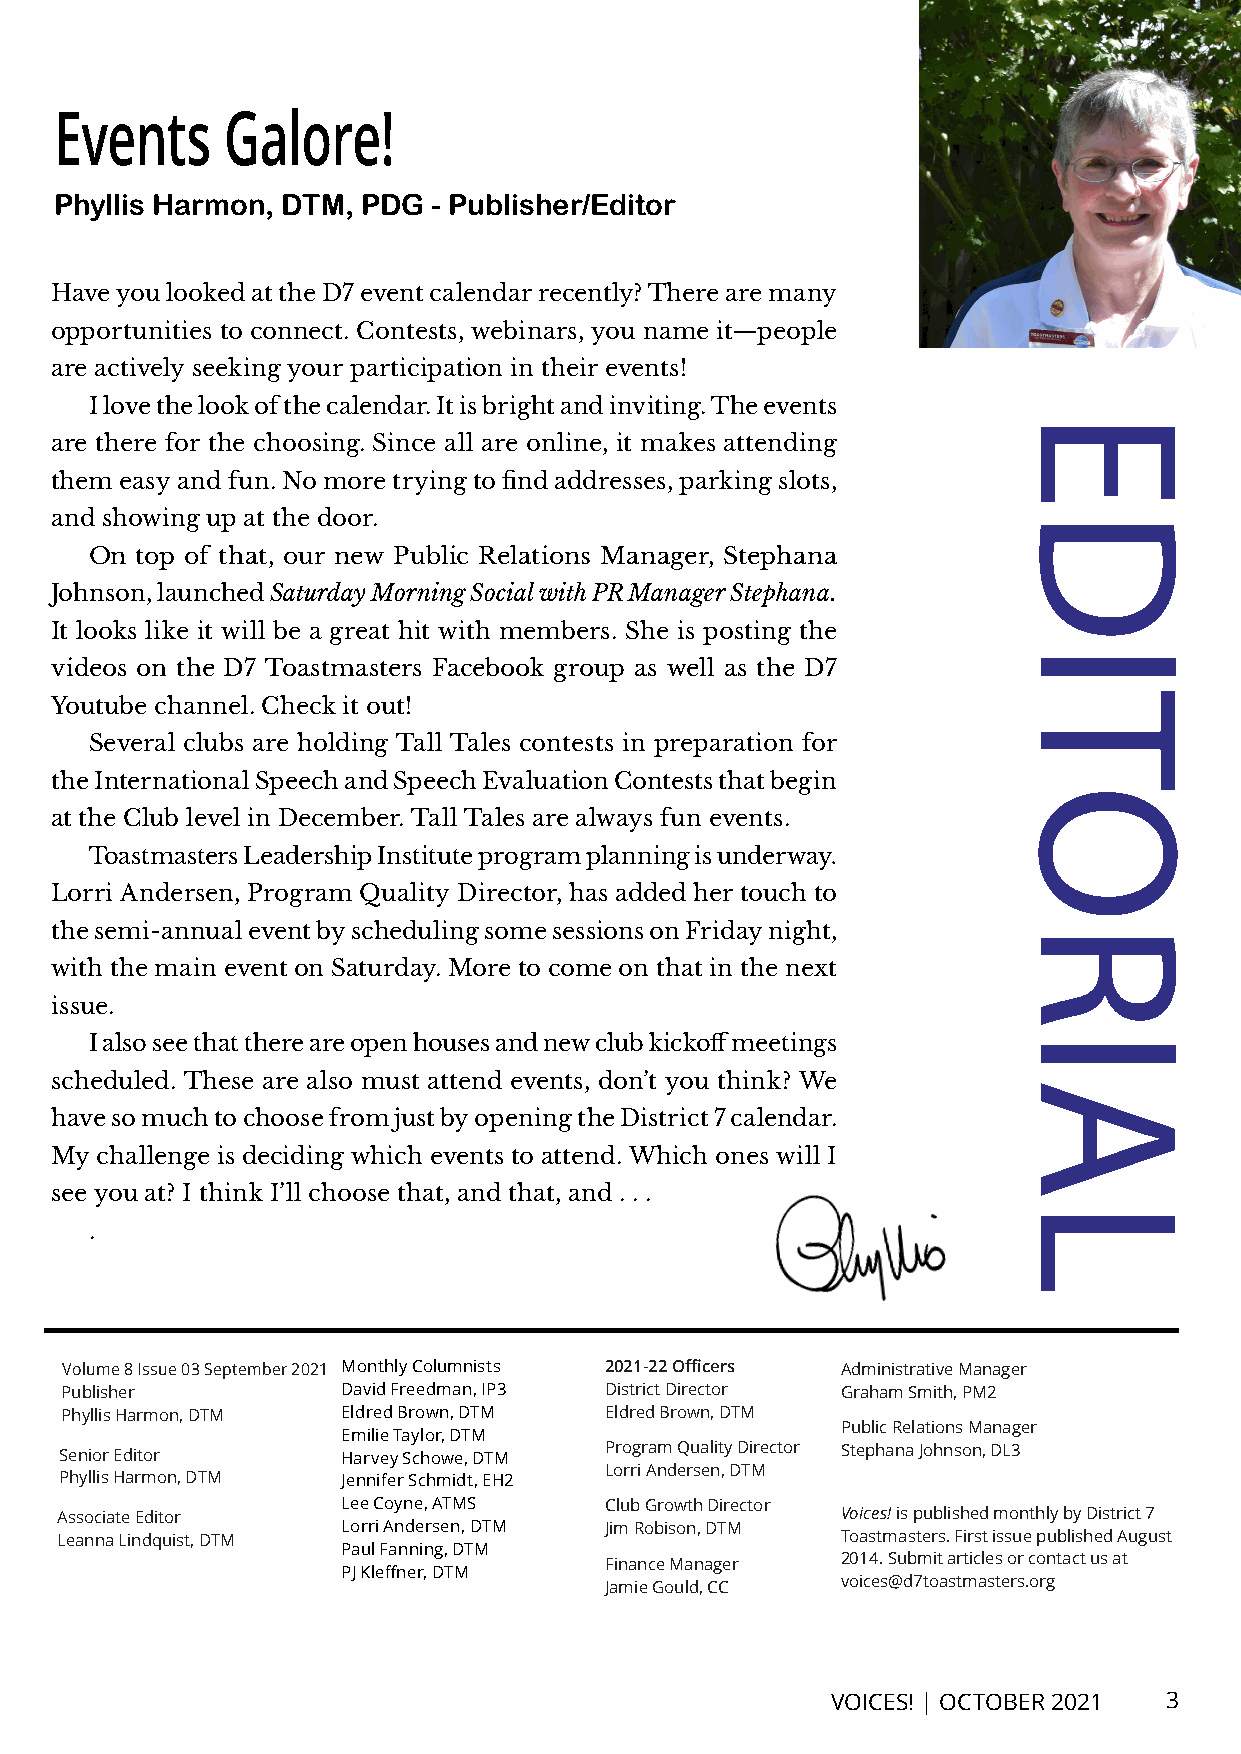
Events     Galore!
 Phyllis Harmon, DTM, PDG - Publisher/Editor
 Have you looked at the D7 event calendar recently? There are many
 opportunities to connect. Contests, webinars, you name it—people
 are actively seeking your participation in their events!
 I love the look of the calendar. It is bright and inviting. The events
 are there for the choosing. Since all are online, it makes attending
 them easy and fun. No more trying to find addresses, parking slots,
 and showing up at the door.
 On top of that, our new Public Relations Manager, Stephana
 Johnson, launched Saturday Morning Social with PR Manager Stephana.
 It looks like it will be a great hit with members. She is posting the
 videos on the D7 Toastmasters Facebook group as well as the D7
 Youtube channel. Check it out!
 Several clubs are holding Tall Tales contests in preparation for
 the International Speech and Speech Evaluation Contests that begin
 at the Club level in December. Tall Tales are always fun events.
 Toastmasters Leadership Institute program planning is underway.
 Lorri Andersen, Program Quality Director, has added her touch to
 the semi-annual event by scheduling some sessions on Friday night,
 with the main event on Saturday. More to come on that in the next
 issue.
 I also see that there are open houses and new club kickoff meetings
 scheduled. These are also must attend events, don’t you think? We
 have so much to choose from just by opening the District 7 calendar.
 My challenge is deciding which events to attend. Which ones will I
 see you at? I think I’ll choose that, and that, and . . .
 .
 Volume 8 Issue 03 September 2021 Monthly Columnists 2021-22 Officers Administrative Manager
 Publisher          David Freedman, IP3 District Director Graham Smith, PM2
 Phyllis Harmon, DTM Eldred Brown, DTM Eldred Brown, DTM
 Public Relations Manager
 Emilie Taylor, DTM
 Senior Editor      Harvey Schowe, DTM Program Quality Director Stephana Johnson, DL3
 Lorri Andersen, DTM
 Phyllis Harmon, DTM Jennifer Schmidt, EH2
 Lee Coyne, ATMS  Club Growth Director
 Associate Editor                                    Voices! is published monthly by District 7
 Lorri Andersen, DTM Jim Robison, DTM
 Leanna Lindquist, DTM                               Toastmasters. First issue published August
 Paul Fanning, DTM
 Finance Manager 2014. Submit articles or contact us at
 PJ Kleffner, DTM
 Jamie Gould, CC voices@d7toastmasters.org
 VOICES! | OCTOBER 2021 3
 EDITORIAL